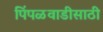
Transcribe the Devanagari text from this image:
पिंपळवाडीसाठी